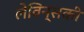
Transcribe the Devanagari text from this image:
लेविन्सकी